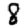
Digit: 8